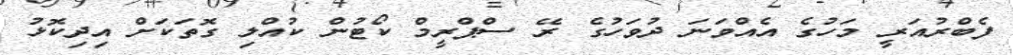
ފެބްރުއަރީ މަހުގެ އެއްވަނަ ދުވަހުގެ ރޭ ސްޕްރީމް ކޯޓުން ކުއްލި ގޮތަކަށް އިދިކޮޅު